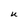
Character: U